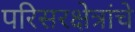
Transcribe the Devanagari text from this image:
परिसरक्षेत्रांचे